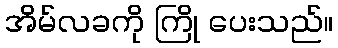
အိမ်လခကို ကြို ပေးသည်။